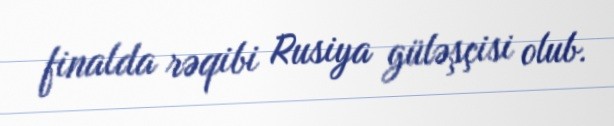
finalda rəqibi Rusiya güləşçisi olub.